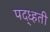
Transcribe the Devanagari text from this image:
पद्ध्हती